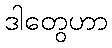
ဒါတွေဟာ